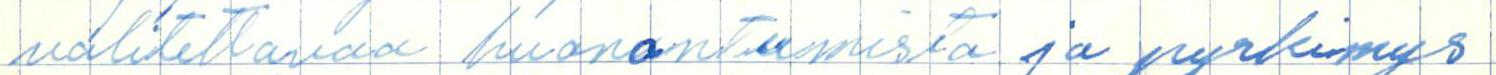
valitettavaa huonontumista ja pyrkimys